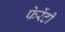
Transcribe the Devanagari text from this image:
फेरेंटी